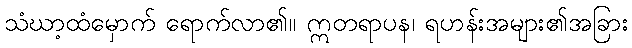
သံဃာ့ထံမှောက် ရောက်လာ၏။ ဣတရာပန၊ ရဟန်းအများ၏အခြား